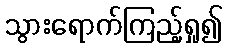
သွားရောက်ကြည့်ရှု၍